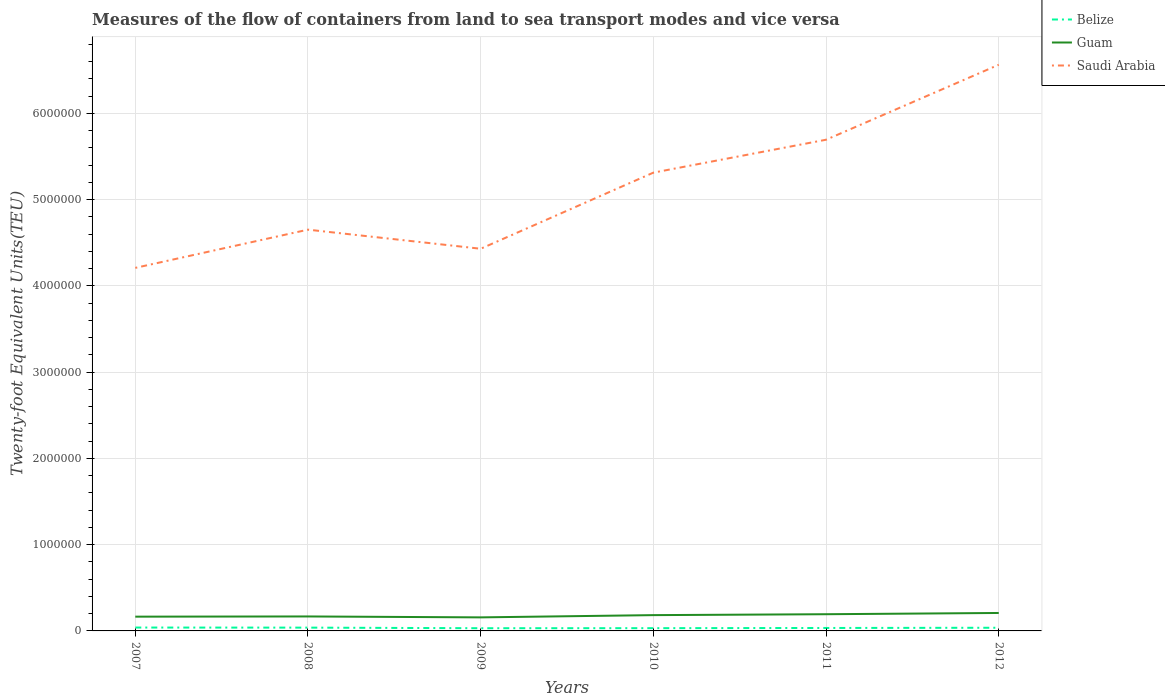
| Years | Belize | Guam | Saudi Arabia |
 | --- | --- | --- | --- |
 | 2007 | 3.92e+04 | 1.65e+05 | 4.21e+06 |
 | 2008 | 3.82e+04 | 1.68e+05 | 4.65e+06 |
 | 2009 | 3.13e+04 | 1.57e+05 | 4.43e+06 |
 | 2010 | 3.19e+04 | 1.83e+05 | 5.31e+06 |
 | 2011 | 3.42e+04 | 1.94e+05 | 5.69e+06 |
 | 2012 | 3.68e+04 | 2.08e+05 | 6.56e+06 |